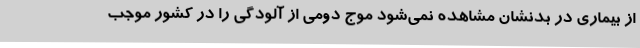
از بیماری در بدنشان مشاهده نمی‌شود موج دومی از آلودگی را در کشور موجب